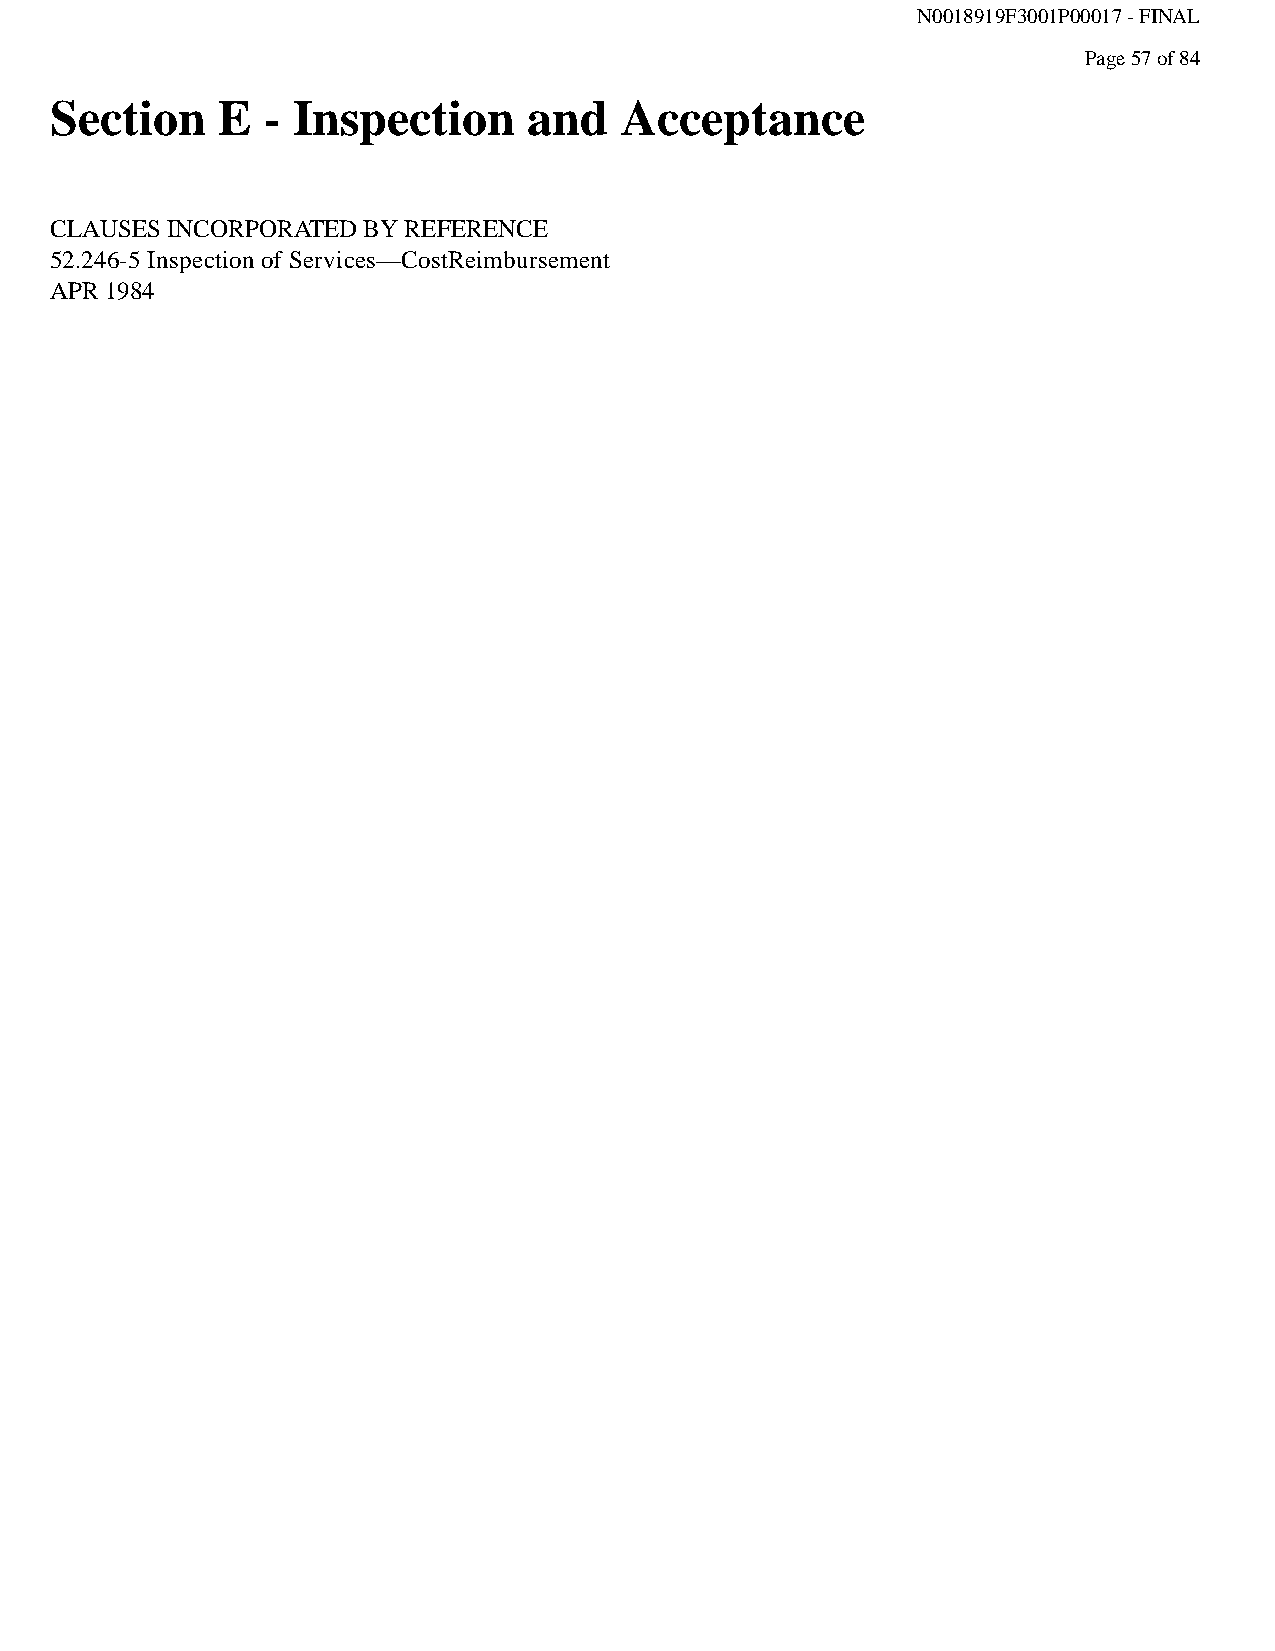
N0018919F3001P00017 - FINAL
 Page 57 of 84
 Section    E  - Inspection      and   Acceptance
 CLAUSES INCORPORATED BY REFERENCE
 52.246-5 Inspection of Services—CostReimbursement
 APR 1984